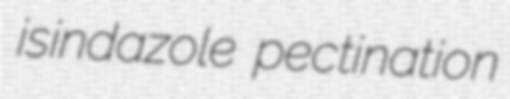
isindazole pectination